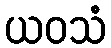
ယဝသံ